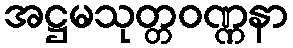
အဋ္ဌမသုတ္တဝဏ္ဏနာ